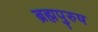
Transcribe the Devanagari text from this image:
ब्रह्मपुरुष